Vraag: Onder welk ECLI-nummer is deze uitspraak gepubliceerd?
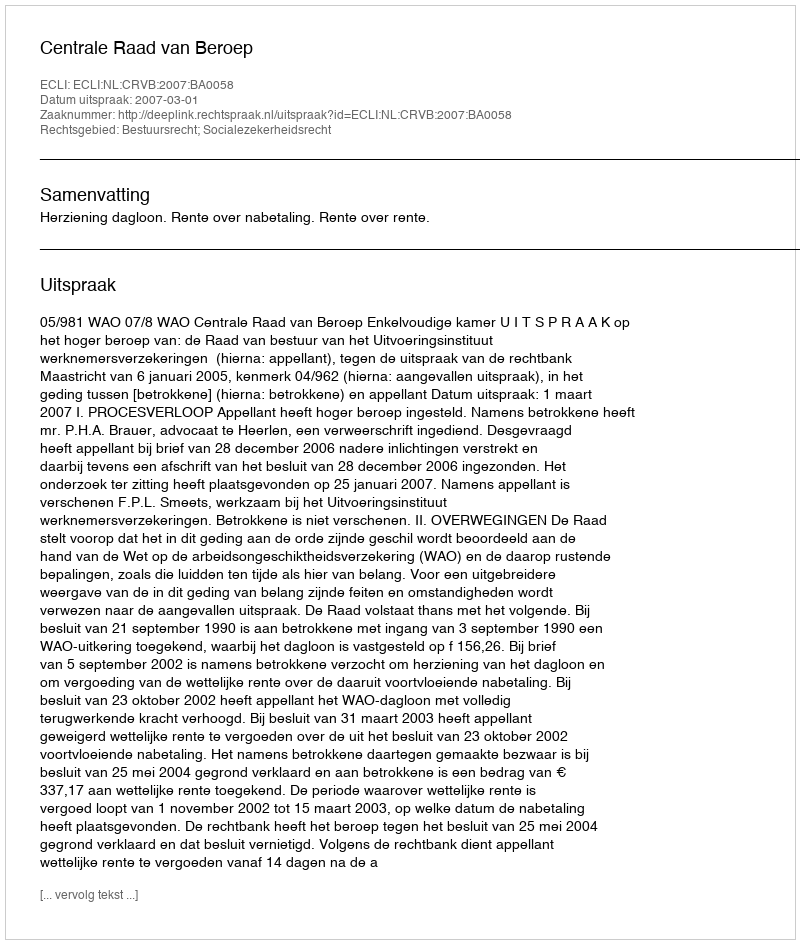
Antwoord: ECLI:NL:CRVB:2007:BA0058